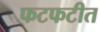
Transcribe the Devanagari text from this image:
फटफटीत